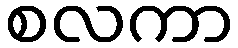
စလကာ